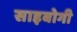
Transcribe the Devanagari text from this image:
साइबोगी